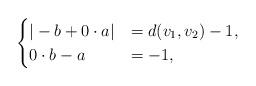
LaTeX: \begin{align*} \begin{cases} |-b +0 \cdot a| &= d(v_1,v_2)-1,\\ 0\cdot b -a &= -1, \end{cases}\end{align*}